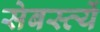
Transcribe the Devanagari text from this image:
सेबस्त्यें